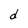
Character: d